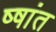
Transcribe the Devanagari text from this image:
ष्षांत